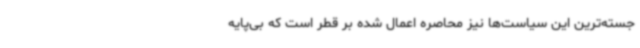
جسته‌ترین این سیاست‌ها نیز محاصره اعمال شده بر قطر است که بی‌پایه